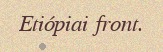
Etiópiai front.